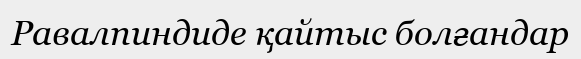
Равалпиндиде қайтыс болғандар